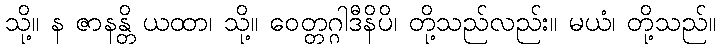
သို့။ န ဇာနန္တိ ယထာ၊ သို့။ ဝေတ္တဂ္ဂါဒီနိပိ၊ တို့သည်လည်း။ မယံ၊ တို့သည်။